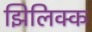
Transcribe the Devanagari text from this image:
झिलिक्क